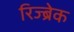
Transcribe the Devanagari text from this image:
रिज्ब्रेक